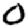
Digit: 0